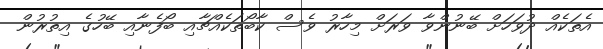
އެތަކެއް ދުވަހަށް ބޭނުންވާ ވަރަށް މިހާރު ވެސް ކާބޯތަކެއްޗާއި ބޯފެނާއި ބޭހުގެ އިތުރުން